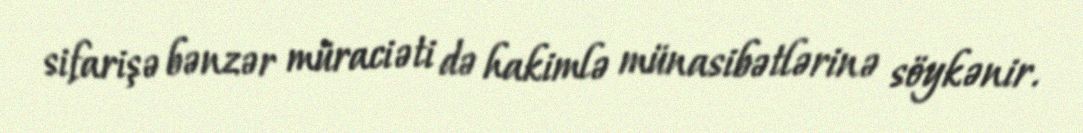
sifarişə bənzər müraciəti də hakimlə münasibətlərinə söykənir.